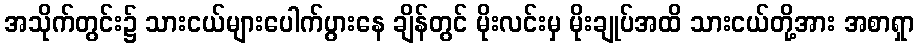
အသိုက်တွင်း၌ သားငယ်များပေါက်ပွားနေ ချိန်တွင် မိုးလင်းမှ မိုးချုပ်အထိ သားငယ်တို့အား အစာရှာ